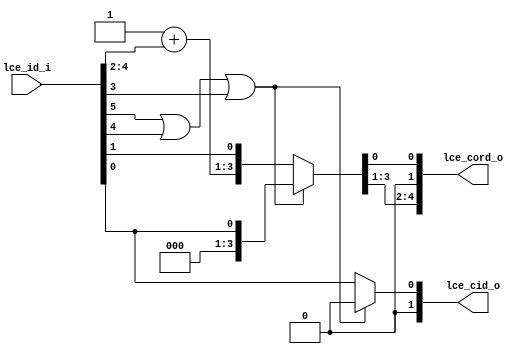
module bp_me_lce_id_to_cord_05
(
  lce_id_i,
  lce_cord_o,
  lce_cid_o
);

  input [5:0] lce_id_i;
  output [4:0] lce_cord_o;
  output [1:0] lce_cid_o;
  wire [4:0] lce_cord_o;
  wire [1:0] lce_cid_o;
  wire N0,N1,N2,N3,N4,N5,N6,N7;
  assign lce_cord_o[1] = 1'b0;
  assign lce_cid_o[1] = 1'b0;
  assign { N5, N4, N3 } = 1'b1 + lce_id_i[4:2];
  assign { lce_cord_o[4:2], lce_cord_o[0:0] } = (N0)? { N5, N4, N3, lce_id_i[1:1] } : 
                                                (N1)? { 1'b0, 1'b0, 1'b0, lce_id_i[0:0] } : 1'b0;
  assign N0 = N2;
  assign N1 = N7;
  assign lce_cid_o[0] = (N0)? lce_id_i[0] : 
                        (N1)? 1'b0 : 1'b0;
  assign N2 = ~N7;
  assign N7 = N6 | lce_id_i[3];
  assign N6 = lce_id_i[5] | lce_id_i[4];

endmodule